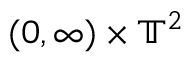
( 0 , \infty ) \times \ensuremath { \mathbb { T } } ^ { 2 }